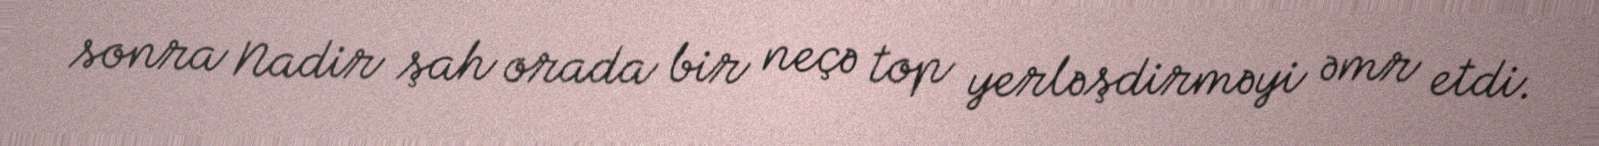
sonra Nadir şah orada bir neçə top yerləşdirməyi əmr etdi.